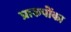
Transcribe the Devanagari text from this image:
प्रारुपोंका